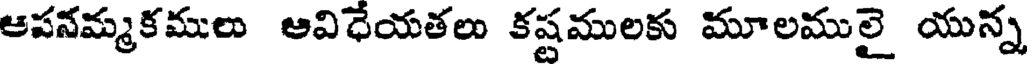
ఆపనమ్మకములు ఆవిధేయతలు కష్టములకు మూలములై యున్న